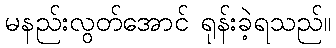
မနည်းလွတ်အောင် ရုန်းခဲ့ရသည်။